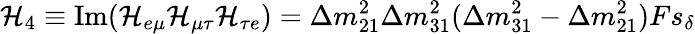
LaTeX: {\cal H}_{4}\equiv\mathrm{Im}({\cal H}_{e\mu}{\cal H}_{\mu\tau}{\cal H}_{\tau e})=\Delta m_{21}^{2}\Delta m_{31}^{2}(\Delta m_{31}^{2}-\Delta m_{21}^{2})Fs_{\delta}